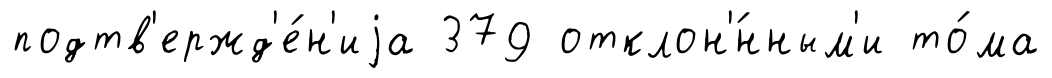
подтв'ержд'е́н'иjа 379 отклон'́нным'и то́ма